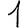
Digit: 1